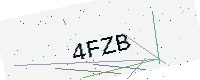
Text: 4FZB